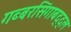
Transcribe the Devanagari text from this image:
गब्बरसिंगाबद्द्ल